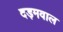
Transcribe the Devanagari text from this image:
दड़मवाल